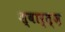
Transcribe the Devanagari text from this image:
श्वार्त्ज़